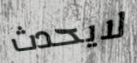
لايحدث